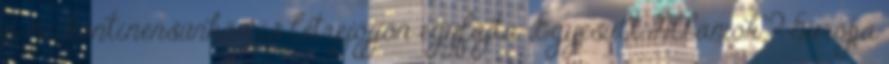
a mi kontinensünkön is létrejöjjön egyfajta „Egyesült Államok”? Európa